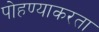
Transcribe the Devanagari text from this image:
पोहण्याकरता